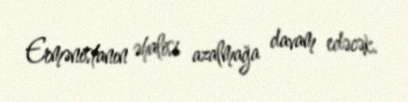
Ermənistanın əhalisi azalmağa davam edəcək.